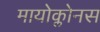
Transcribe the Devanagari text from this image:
मायोक्लोनस